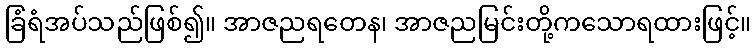
ခြံရံအပ်သည်ဖြစ်၍။ အာဇညရတေန၊ အာဇညမြင်းတို့ကသောရထားဖြင့်။